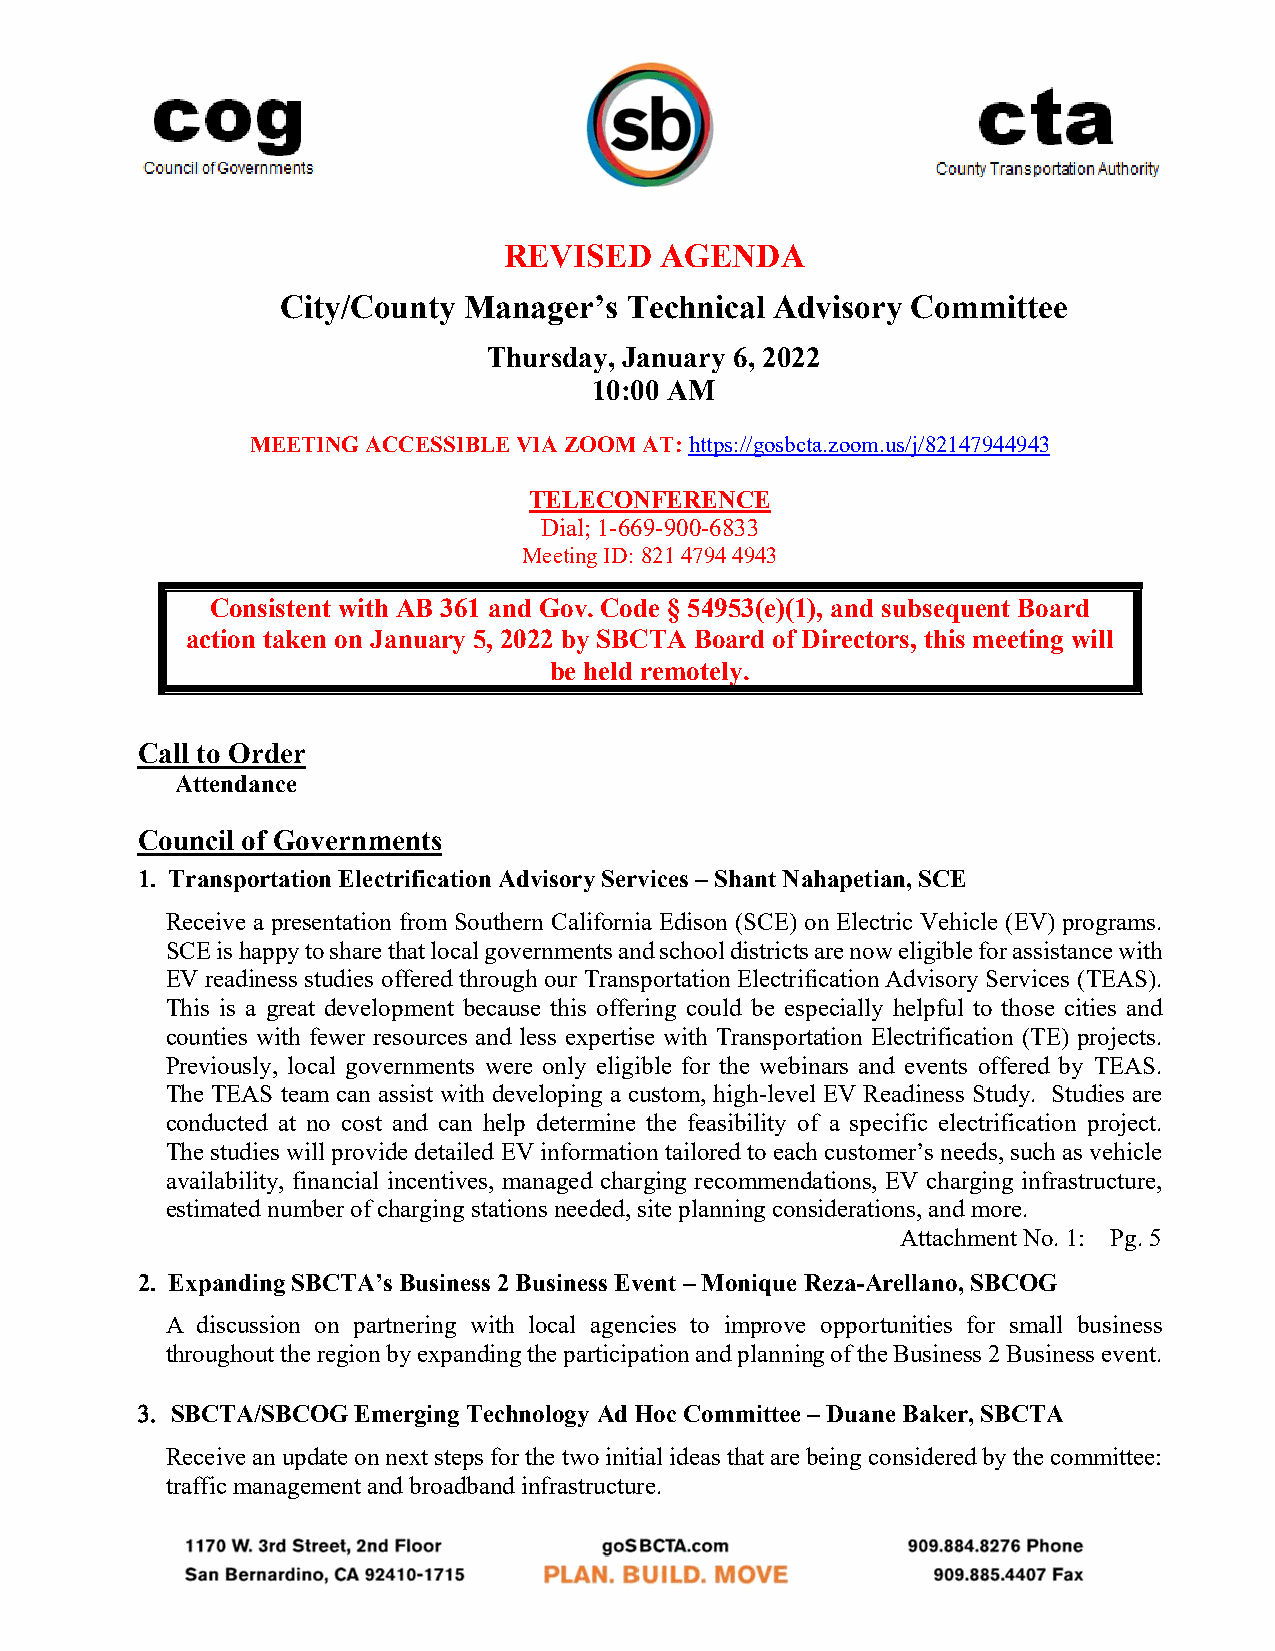
REVISED    AGENDA
 City/County Manager’s Technical Advisory Committee
 Thursday, January 6, 2022
 10:00 AM
 MEETING ACCESSIBLE VIA ZOOM AT: https://gosbcta.zoom.us/j/82147944943
 TELECONFERENCE
 Dial; 1-669-900-6833
 Meeting ID: 821 4794 4943
 Consistent with AB 361 and Gov. Code § 54953(e)(1), and subsequent Board
 action taken on January 5, 2022 by SBCTA Board of Directors, this meeting will
 be held remotely.
 Call to Order
 Attendance
 Council of Governments
 1. Transportation Electrification Advisory Services – Shant Nahapetian, SCE
 Receive a presentation from Southern California Edison (SCE) on Electric Vehicle (EV) programs.
 SCE is happy to share that local governments and school districts are now eligible for assistance with
 EV readiness studies offered through our Transportation Electrification Advisory Services (TEAS).
 This is a great development because this offering could be especially helpful to those cities and
 counties with fewer resources and less expertise with Transportation Electrification (TE) projects.
 Previously, local governments were only eligible for the webinars and events offered by TEAS.
 The TEAS team can assist with developing a custom, high-level EV Readiness Study. Studies are
 conducted at no cost and can help determine the feasibility of a specific electrification project.
 The studies will provide detailed EV information tailored to each customer’s needs, such as vehicle
 availability, financial incentives, managed charging recommendations, EV charging infrastructure,
 estimated number of charging stations needed, site planning considerations, and more.
 Attachment No. 1: Pg. 5
 2. Expanding SBCTA’s Business 2 Business Event – Monique Reza-Arellano, SBCOG
 A discussion on partnering with local agencies to improve opportunities for small business
 throughout the region by expanding the participation and planning of the Business 2 Business event.
  SBCTA/SBCOG Emerging Technology Ad Hoc Committee – Duane Baker, SBCTA
 Receive an update on next steps for the two initial ideas that are being considered by the committee:
 traffic management and broadband infrastructure.